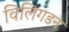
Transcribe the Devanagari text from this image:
विलिगडन